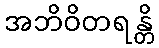
အဘိဝိတရန္တိ